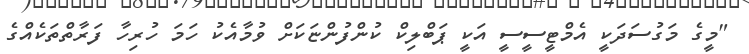
"މީގެ މަގުސަދަކީ އެމްޓީސީސީ އަކީ ޕަބްލިކް ކުންފުންޏަކަށް ވުމާއެކު ހަމަ ހުރިހާ ފަރާތްތަކެއްގެ